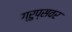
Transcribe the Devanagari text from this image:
ग्रुप्सवर